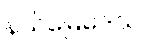
နယ်မြေဒေသ